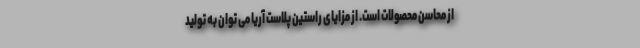
از محاسن محصولات است. از مزایای راستین پلاست آریا می توان به تولید